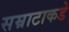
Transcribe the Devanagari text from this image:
सम्राटाकडे